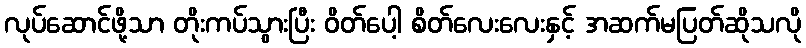
လုပ်ဆောင်ဖို့သာ တိုးကပ်သွားပြီး ဝိတ်ပေါ့ စိတ်လေးလေးနှင့် အဆက်မပြတ်ဆိုသလို